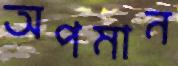
অপমান